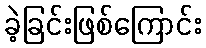
ခဲ့ခြင်းဖြစ်ကြောင်း